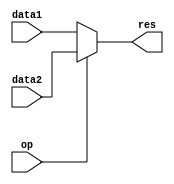
module mux2_3bit(
  input [2:0] data1,
  input [2:0] data2,
  input op,
  output reg [2:0] res);

  always @* begin
    if(op == 1'b0) begin
      res <= data1;
    end 
    else begin
      res <= data2;
    end
  end
endmodule